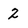
Character: 2